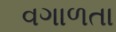
વગાળતા